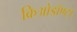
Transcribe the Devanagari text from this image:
क्रिओडॉण्टा